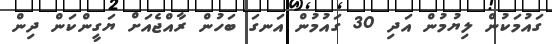
ގައުމަކުން ލިޔުމުން އަދި 30 ގައުމުން އަނގަ ބަހުން ރާއްޖެއަށް ޔަގީންކަން ދިން